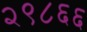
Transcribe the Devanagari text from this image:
२९८६६